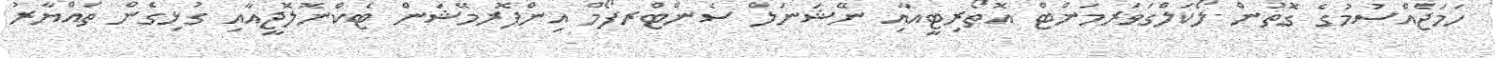
ހަމަޖެއްސުމުގެ ގޮތުން ލޯކަލްގަވަރމަންޓް އޮތޯރިޓީއާއި ނޭޝަނަލް ސެންޓްރފޯމް އިންފޮރމޭޝަން ޓެކްނޮލޮޖީއާއި ގުޅިގެން ތައްޔާރު